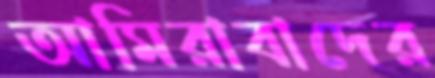
আমিরাবাদের